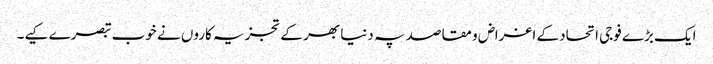
ایک بڑے فوجی اتحاد کے اغراض و مقاصد پہ دنیا بھر کے تجزیہ کاروں نے خوب تبصرے کیے۔